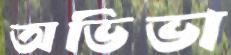
অভিভা